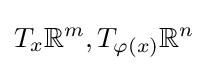
T_{x}\mathbb {R} ^{m},T_{\varphi (x)}\mathbb {R} ^{n}